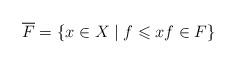
LaTeX: \begin{align*}\overline{F} = \{ x\in X \mid f \leqslant x f\in F\}\end{align*}